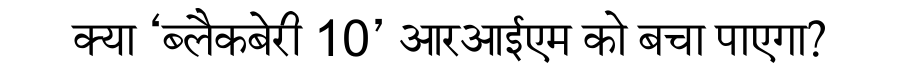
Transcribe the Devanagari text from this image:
क्या ‘ब्लैकबेरी 10’ आरआईएम को बचा पाएगा?